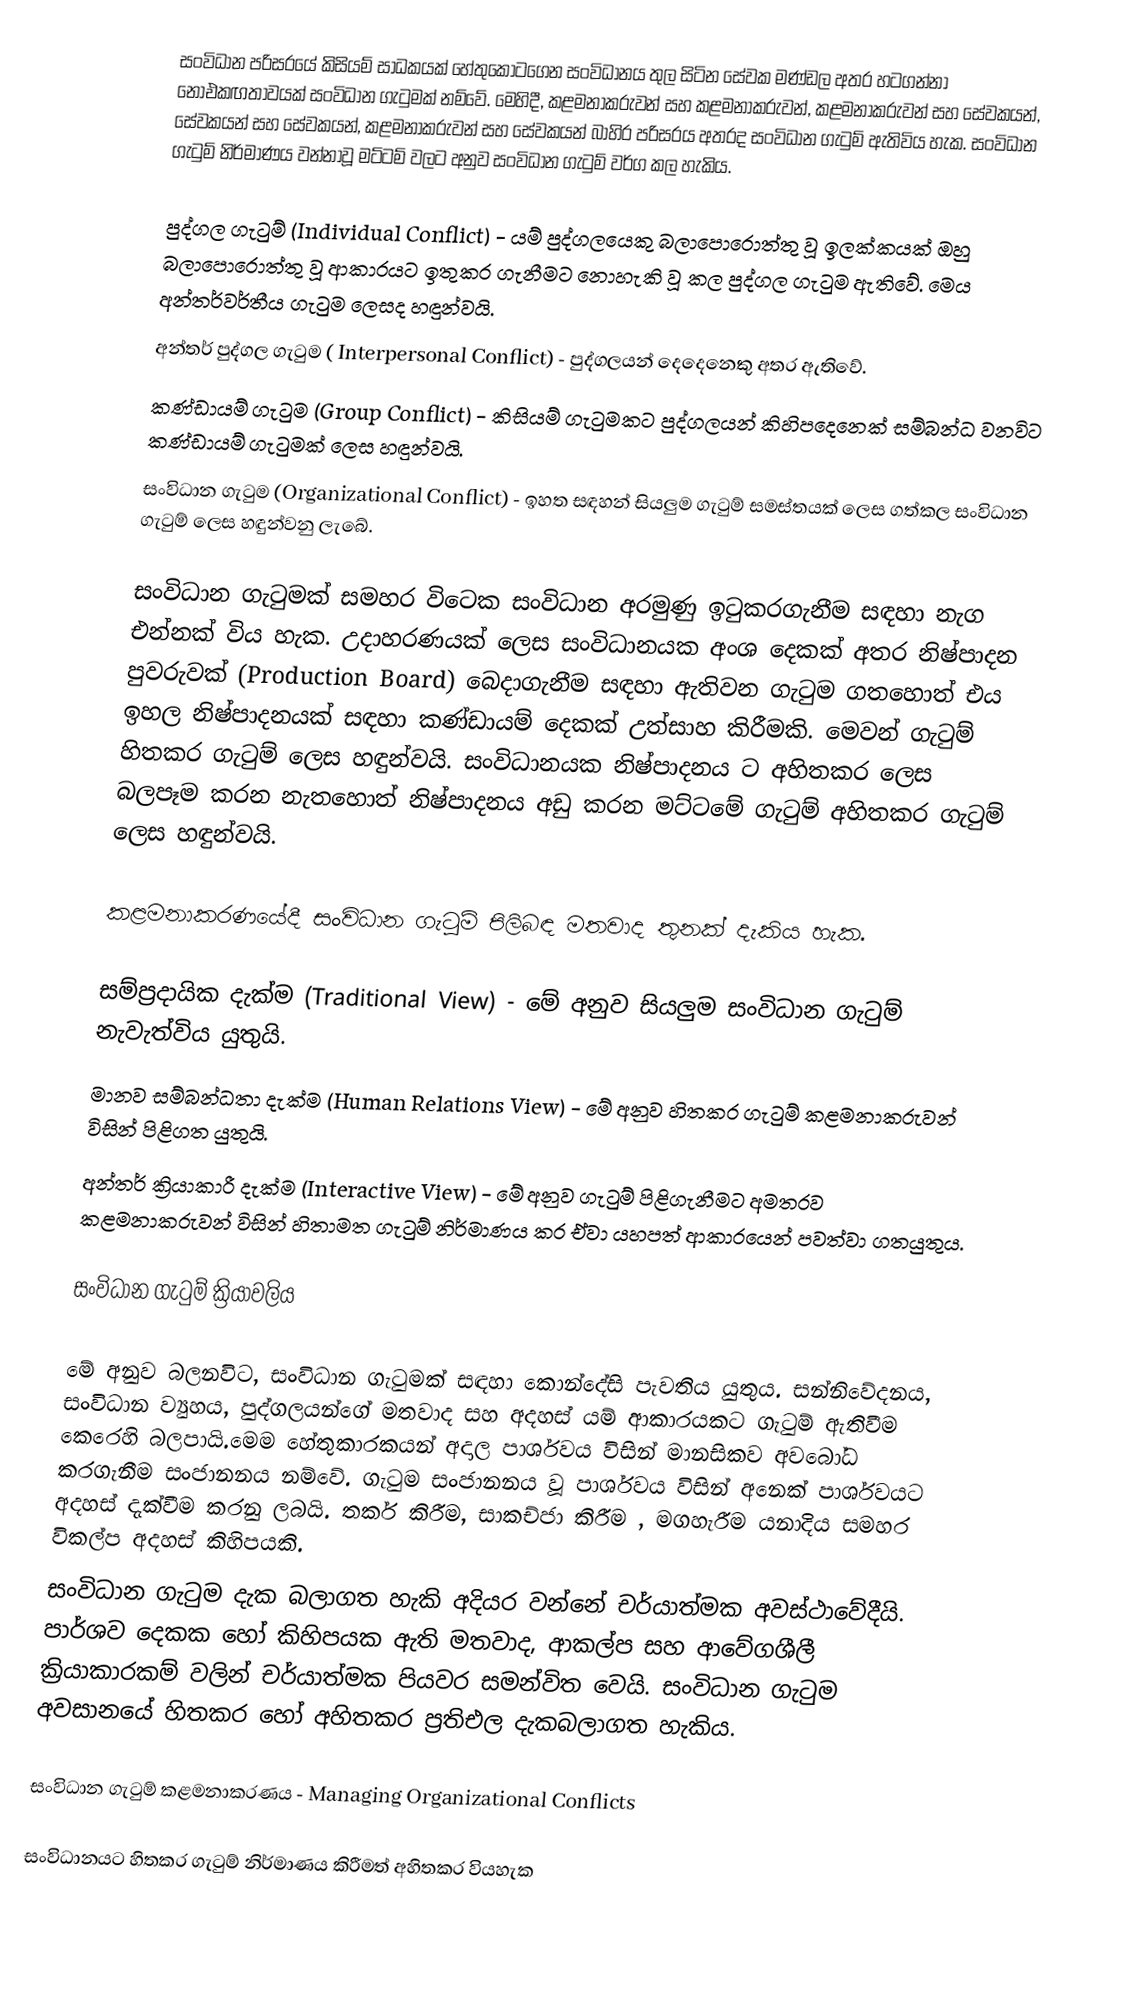
සංවිධාන පරිසරයේ කිසියම් සාධකයක් හේතුකොටගෙන සංවිධානය තුල සිටින සේවක මණ්ඩල අතර හටගන්නා නොඑකඟතාවයක් සංවිධාන ගැටුමක් නම්වේ. මෙහිදී, කළමනාකරුවන් සහ කළමනාකරුවන්, කළමනාකරුවන් සහ සේවකයන්, සේවකයන් සහ සේවකයන්, කළමනාකරුවන් සහ සේවකයන් බාහිර පරිසරය අතරද සංවිධාන ගැටුම් ඇතිවිය හැක.  සංවිධාන ගැටුම් නිර්මාණය වන්නාවූ මට්ටම් වලට අනුව සංවිධාන ගැටුම් වර්ග කල හැකිය.

පුද්ගල ගැටුම් (Individual Conflict) - යම් පුද්ගලයෙකු බලාපොරොත්තු වූ ඉලක්කයක් ඔහු බලාපොරොත්තු වූ ආකාරයට ඉතුකර ගැනීමට නොහැකි වූ කල පුද්ගල ගැටුම ඇතිවේ. මෙය අන්තර්වර්තීය ගැටුම ලෙසද හඳුන්වයි.
අන්තර් පුද්ගල ගැටුම ( Interpersonal Conflict) - පුද්ගලයන් දෙදෙනෙකු අතර ඇතිවේ.
කණ්ඩායම් ගැටුම (Group Conflict) - කිසියම් ගැටුමකට පුද්ගලයන් කිහිපදෙනෙක් සම්බන්ධ වනවිට කණ්ඩායම් ගැටුමක් ලෙස හඳුන්වයි.
සංවිධාන ගැටුම (Organizational Conflict) - ඉහත සඳහන් සියලුම ගැටුම් සමස්තයක් ලෙස ගත්කල සංවිධාන ගැටුම් ලෙස හඳුන්වනු ලැබේ.

සංවිධාන ගැටුමක් සමහර විටෙක සංවිධාන අරමුණු ඉටුකරගැනීම සඳහා නැග එන්නක් විය හැක. උදාහරණයක් ලෙස සංවිධානයක අංශ දෙකක් අතර නිෂ්පාදන පුවරුවක් (Production Board)  බෙදාගැනීම සඳහා ඇතිවන ගැටුම ගතහොත් එය ඉහල නිෂ්පාදනයක් සඳහා කණ්ඩායම් දෙකක් උත්සාහ කිරීමකි. මෙවන් ගැටුම් හිතකර ගැටුම් ලෙස හඳුන්වයි. සංවිධානයක නිෂ්පාදනය ට අහිතකර ලෙස බලපෑම කරන නැතහොත් නිෂ්පාදනය අඩු කරන මට්ටමේ ගැටුම් අහිතකර ගැටුම් ලෙස හඳුන්වයි.

කළමනාකරණයේදී  සංවිධාන ගැටුම් පිලිබඳ මතවාද තුනක් දැකිය හැක.

සම්ප්‍රදායික දැක්ම (Traditional View)  - මේ අනුව සියලුම සංවිධාන ගැටුම් නැවැත්විය යුතුයි.
මානව සම්බන්ධතා දැක්ම (Human Relations View) - මේ අනුව හිතකර ගැටුම් කළමනාකරුවන් විසින් පිළිගත යුතුයි.
අන්තර් ක්‍රියාකාරී දැක්ම (Interactive View) - මේ අනුව ගැටුම් පිළිගැනීමට අමතරව කළමනාකරුවන් විසින් හිතාමත ගැටුම් නිර්මාණය කර ඒවා යහපත් ආකාරයෙන් පවත්වා ගතයුතුය.

සංවිධාන ගැටුම් ක්‍රියාවලිය

මේ අනුව බලනවිට, සංවිධාන ගැටුමක් සඳහා කොන්දේසි පැවතිය යුතුය. සන්නිවේදනය, සංවිධාන ව්‍යුහය, පුද්ගලයන්ගේ මතවාද සහ අදහස් යම් ආකාරයකට ගැටුම් ඇතිවීම කෙරෙහි බලපායි.මෙම හේතුකාරකයන් අදාල පාර්ශවය විසින් මානසිකව අවබෝධ කරගැනීම සංජානනය නම්වේ. ගැටුම සංජානනය වූ පාර්ශවය විසින් අනෙක් පාර්ශවයට අදහස් දැක්වීම කරනු ලබයි. තර්ක කිරීම, සාකච්ජා කිරීම , මගහැරීම යනාදිය සමහර විකල්ප අදහස් කිහිපයකි.
සංවිධාන ගැටුම දැක බලාගත හැකි අදියර වන්නේ චර්යාත්මක අවස්ථාවේදීයි. පාර්ශව දෙකක හෝ කිහිපයක ඇති මතවාද, ආකල්ප සහ ආවේගශීලී ක්‍රියාකාරකම් වලින් චර්යාත්මක පියවර සමන්විත වෙයි. සංවිධාන ගැටුම අවසානයේ හිතකර හෝ අහිතකර ප්‍රතිඑල දැකබලාගත හැකිය.

සංවිධාන ගැටුම් කළමනාකරණය - Managing Organizational Conflicts

සංවිධානයට හිතකර ගැටුම් නිර්මාණය කිරීමත් අහිතකර වියහැක